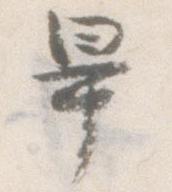
畢